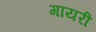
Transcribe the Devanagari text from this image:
गायरी